342_HS1-416511228_319.1 Flying Discs 1949
Agency: Department of War
Incident date: 1/9/50
Page 79
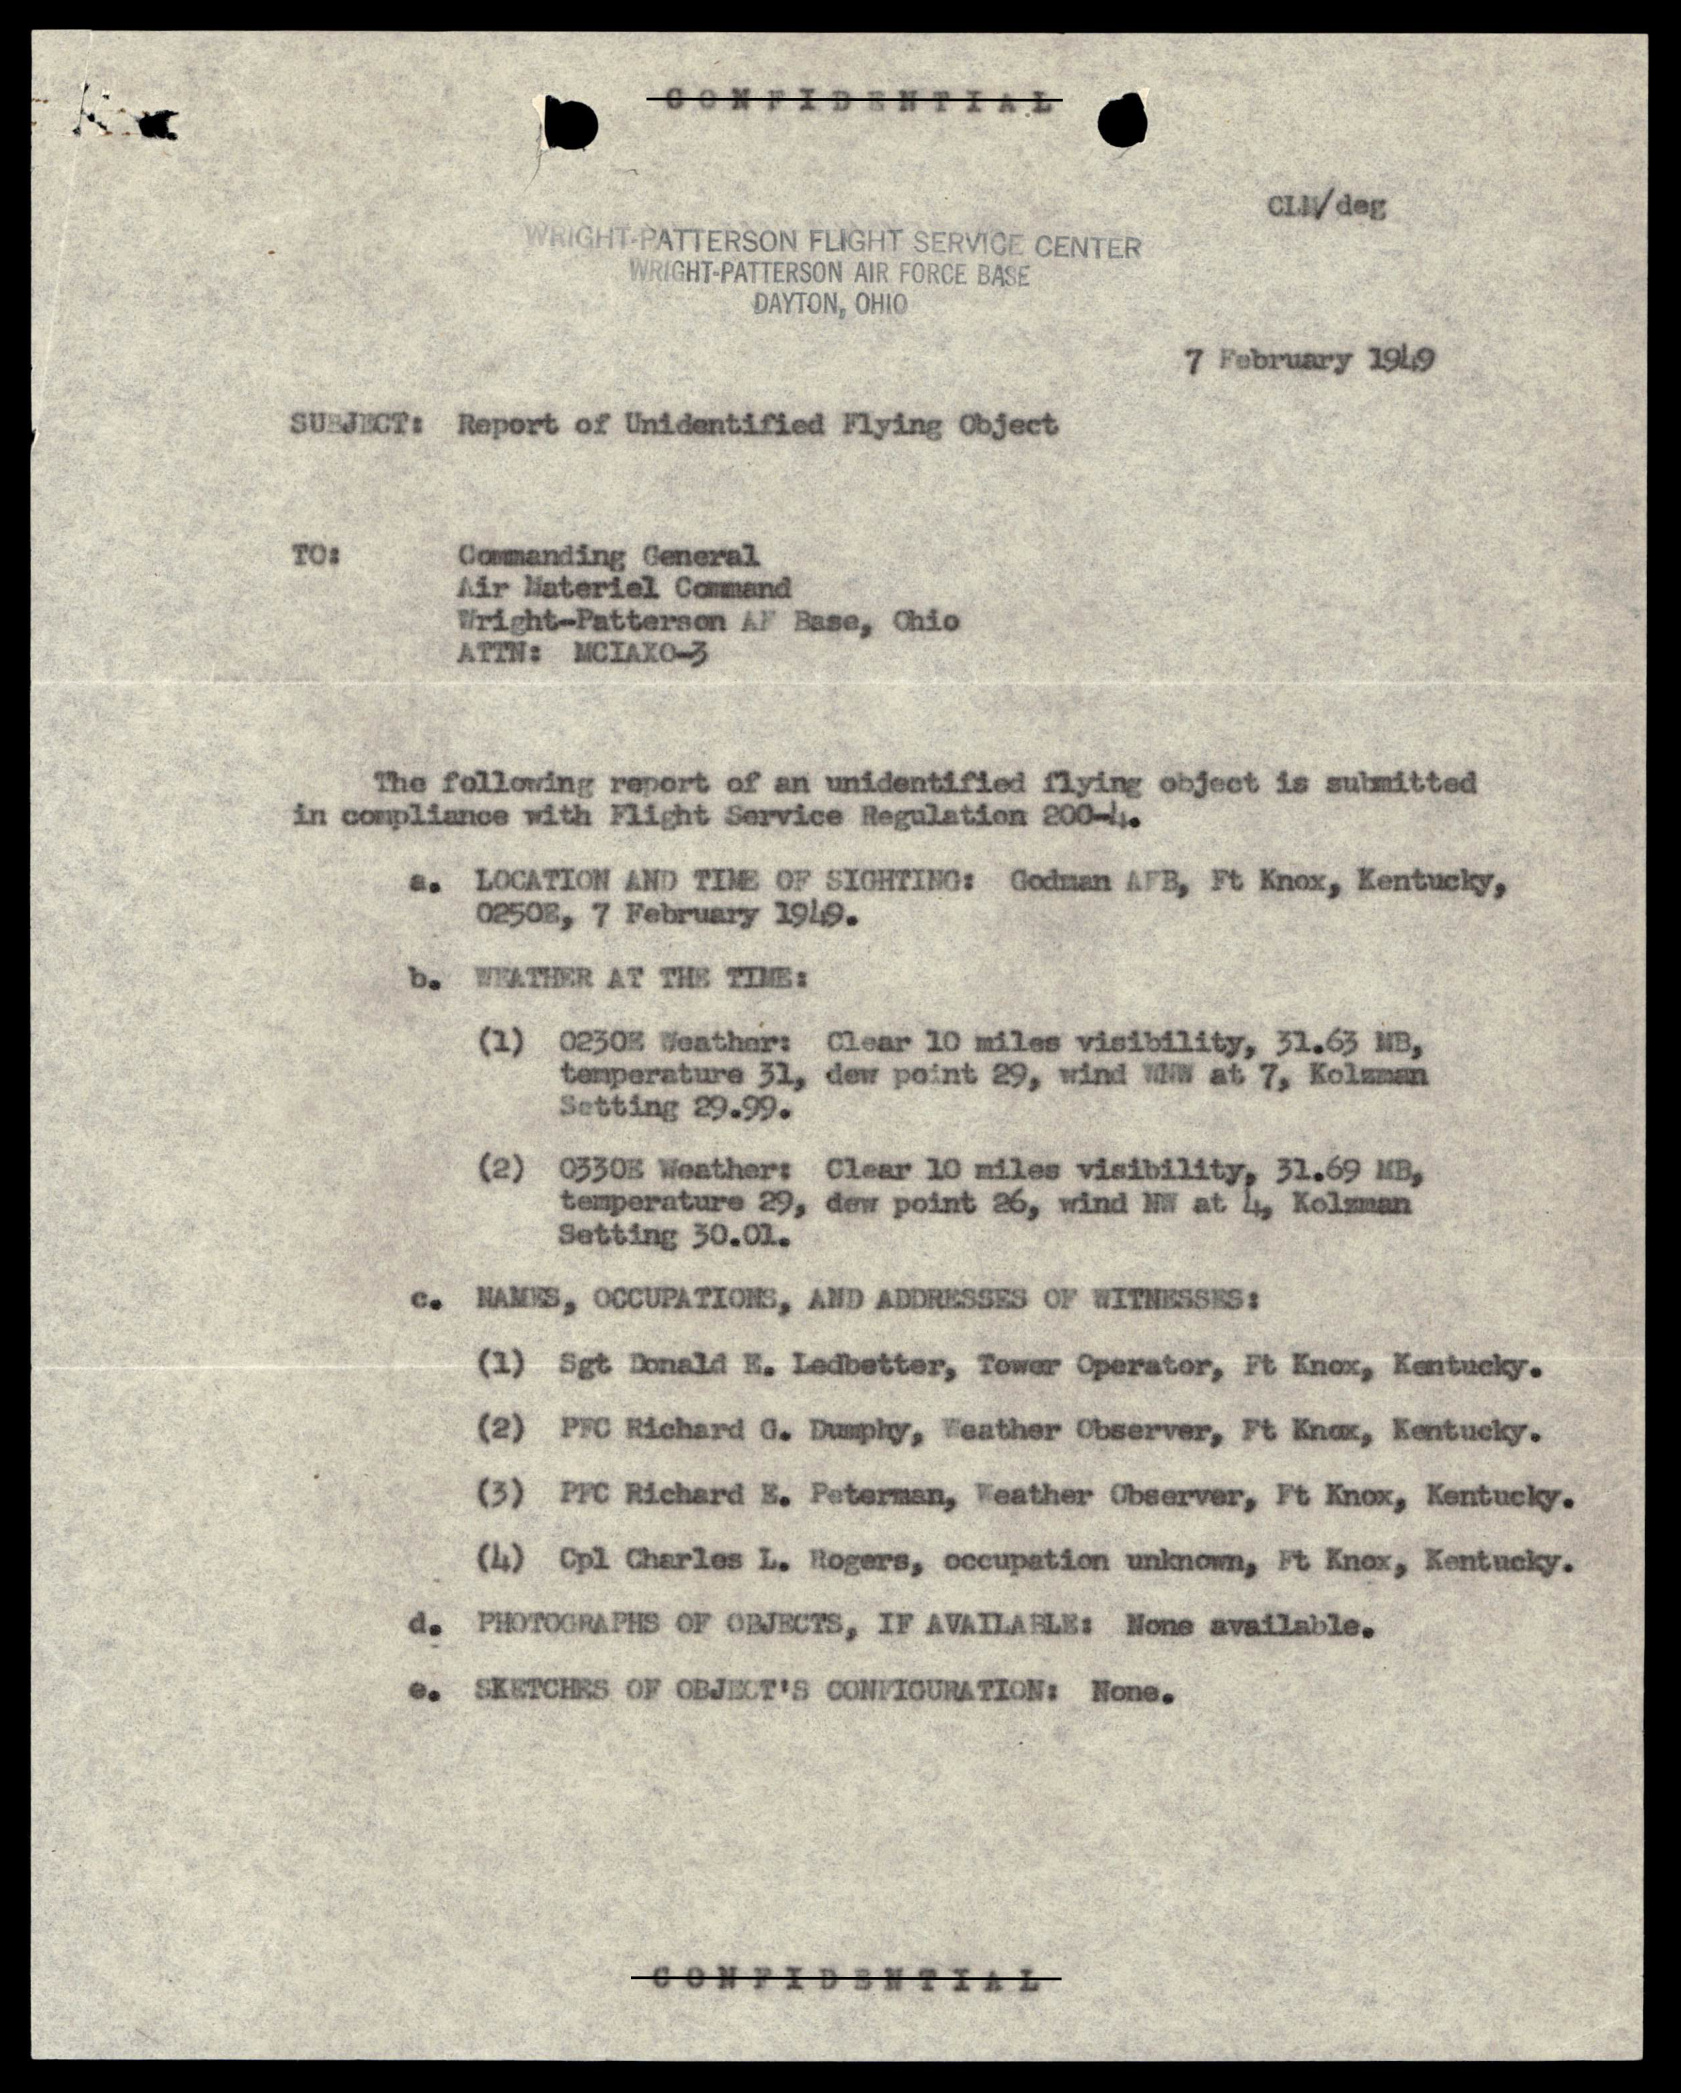